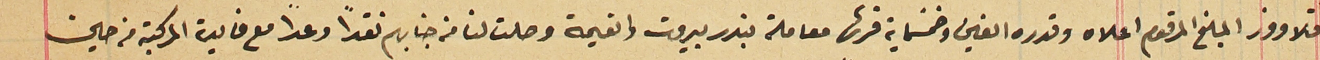
قلاووز المبلغ المرقوم اعلاه وقدره الفين وخمسَماية قرش معاملة بندر بيروت والقيمة وصلت لنا من جنابهم نقداً وعداً مع فايدة المركبة من حين